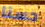
حسنا